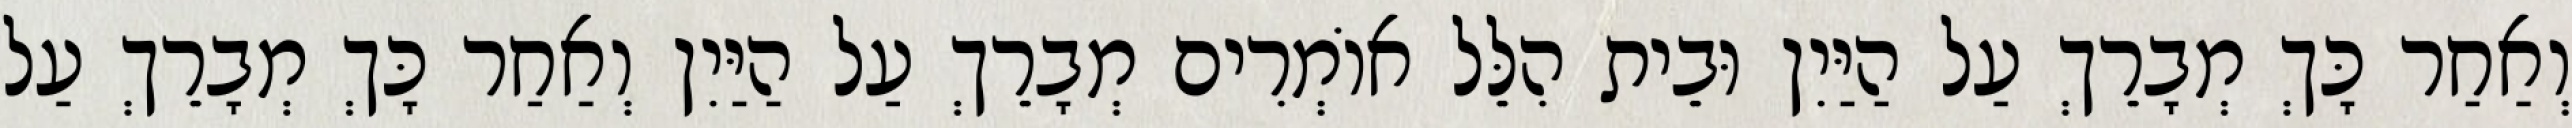
וְאַחַר כָּךְ מְבָרֵךְ עַל הַיַּיִן וּבֵית הִלֵּל אוֹמְרִים מְבָרֵךְ עַל הַיַּיִן וְאַחַר כָּךְ מְבָרֵךְ עַל